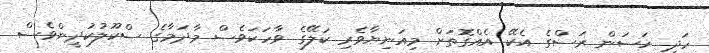
ހަދި ހަސަން ރަސްގެ އެކޭ އެއްގޮތަށް މިއަނިޔާވެރި ކަލޭގެ ވާހަކަވެސް މާދަމާގެ ސްކޫލުކުދީންވެސް